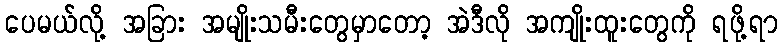
ပေမယ်လို့ အခြား အမျိုးသမီးတွေမှာတော့ အဲဒီလို အကျိုးထူးတွေကို ရဖို့ရာ